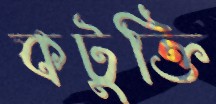
কটুক্তি